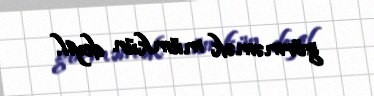
görməmək mümkün deyil.